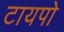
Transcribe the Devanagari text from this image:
टायपो